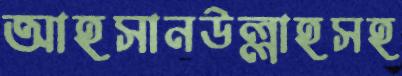
আহসানউল্লাহসহ